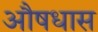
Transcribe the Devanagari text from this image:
औषधास